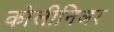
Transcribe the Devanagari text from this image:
कोलीनिअर